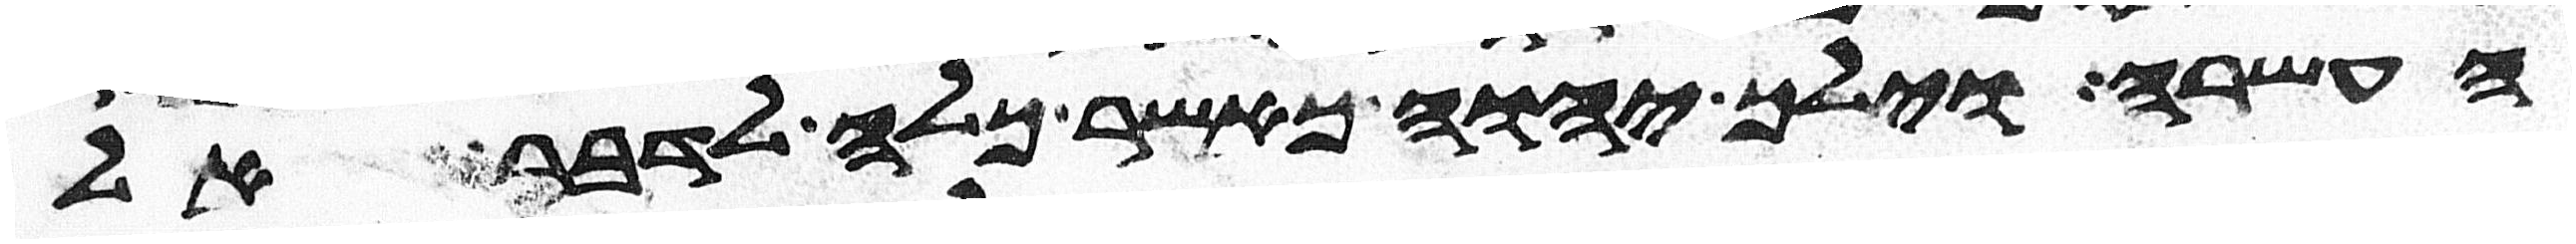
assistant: העשרה וילך יהוה כאשר כלה לדבר אל